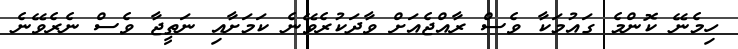
ހިމެނޭ ކޮންމެ ގައުމަކާ ވެސް ރާއްޖެއަށް ވާދަކުރެވޭނެ ކަމަށާއި ނަތީޖާ ވެސް ނެރެވޭނެ